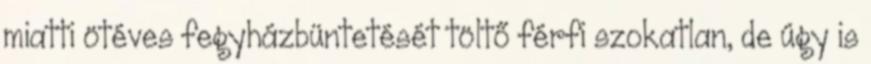
miatti ötéves fegyházbüntetését töltő férfi szokatlan, de úgy is